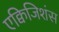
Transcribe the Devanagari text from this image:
एक्विजिशंस